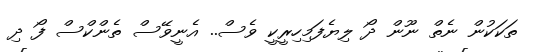
ތަކަކުން ނެތް ނޫން ދޯ ލިޔެފަމިހިރީކީ ވެސް.. އެނީވޭސް ތެންކްސް ފޯ ދި